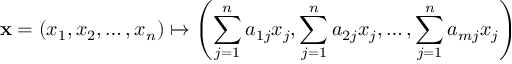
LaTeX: \mathbf { x } = ( x _ { 1 } , x _ { 2 } , \ldots , x _ { n } ) \mapsto \left( \sum _ { j = 1 } ^ { n } a _ { 1 j } x _ { j } , \sum _ { j = 1 } ^ { n } a _ { 2 j } x _ { j } , \ldots , \sum _ { j = 1 } ^ { n } a _ { m j } x _ { j } \right)